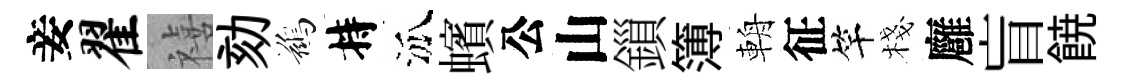
妾翟禧劾鷀持泒蠙公山鎻簿輈征竿棧廱盲𩜙